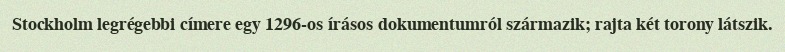
Stockholm legrégebbi címere egy 1296-os írásos dokumentumról származik; rajta két torony látszik.